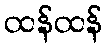
ထန်ထန်